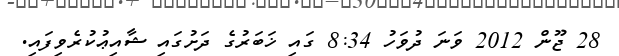
28 ޖޫން 2012 ވަނަ ދުވަހު 8:34 ގައި ޚަބަރުގެ ދަށުގައި ޝާއިޢުކުރެވިފައި.